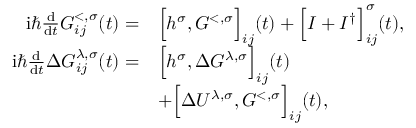
\begin{array} { r l } { \mathrm { i } \hbar \frac { \mathrm { d } } { \mathrm { d } t } G _ { i j } ^ { < , \sigma } ( t ) = } & { \Big [ h ^ { \sigma } , G ^ { < , \sigma } \Big ] _ { i j } ( t ) + \Big [ I + I ^ { \dagger } \Big ] _ { i j } ^ { \sigma } ( t ) , } \\ { \mathrm { i } \hbar \frac { \mathrm { d } } { \mathrm { d } t } \Delta G _ { i j } ^ { \lambda , \sigma } ( t ) = } & { \Big [ h ^ { \sigma } , \Delta G ^ { \lambda , \sigma } \Big ] _ { i j } ( t ) } \\ & { + \Big [ \Delta U ^ { \lambda , \sigma } , G ^ { < , \sigma } \Big ] _ { i j } ( t ) , } \end{array}